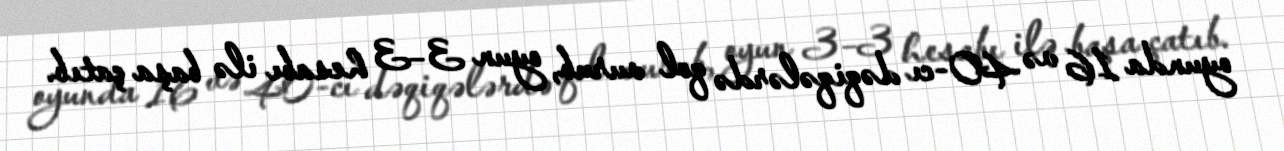
oyunda 16 və 40-cı dəqiqələrdə qol vurub, oyun 3–3 hesabı ilə başa çatıb.